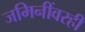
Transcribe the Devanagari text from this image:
जमिनींवरही